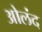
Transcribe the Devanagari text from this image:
ओलंद